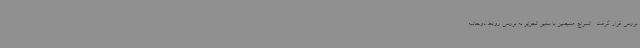
بررسی قرار گرفت . السراج همچنین با سفیر الجزایر به بررسی روابط دوجانبه